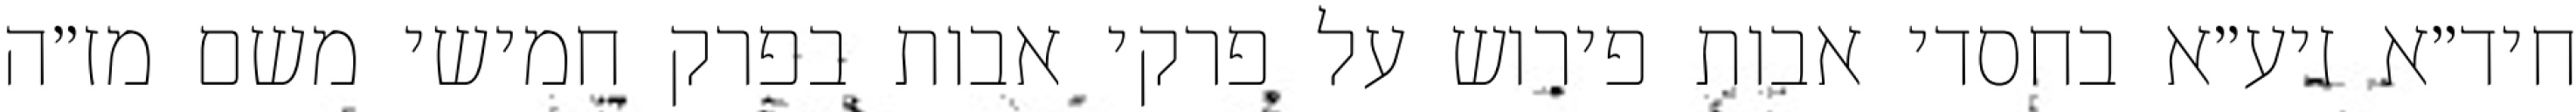
חיד״א זיע״א בחסדי אבות פירוש על פרקי אבות בפרק חמישי משם מז״ה